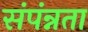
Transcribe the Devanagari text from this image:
संपंन्नता